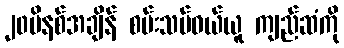
၂၀မိနစ်အချိန် စမ်းသပ်ဝယ်ယူ ကျည်ဆံကို